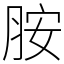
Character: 胺